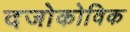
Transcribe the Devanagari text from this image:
दजोकोविक